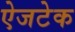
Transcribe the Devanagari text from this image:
ऐजटेक